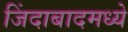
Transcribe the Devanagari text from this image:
जिंदाबादमध्ये